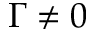
\Gamma \neq 0